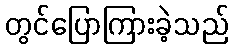
တွင်ပြောကြားခဲ့သည်